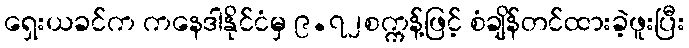
ရှေးယခင်က ကနေဒါနိုင်ငံမှ ၉.၇၂စက္ကန့်ဖြင့် စံချိန်တင်ထားခဲ့ဖူးပြီး